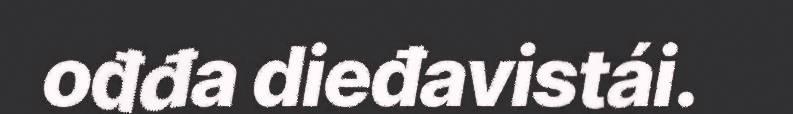
ođđa dieđavistái.